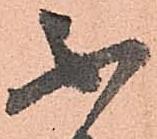
不